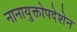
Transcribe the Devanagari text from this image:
नानायुक्तोपदेशेन